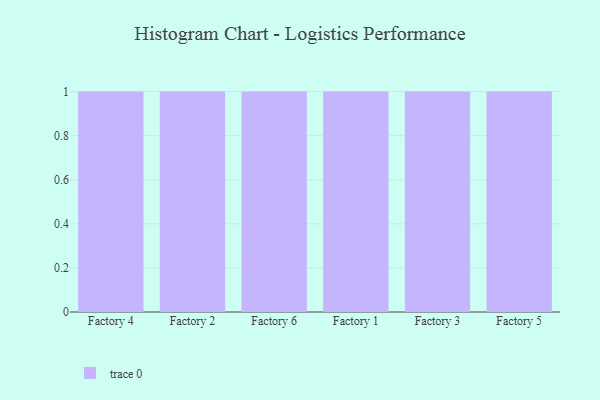
{"axis": {"x": "Factory", "y": "Latency (ms)"}, "legend": [""], "data": [{"x": "Factory 4", "y": 59, "type": ""}, {"x": "Factory 2", "y": 46, "type": ""}, {"x": "Factory 6", "y": 60, "type": ""}, {"x": "Factory 1", "y": 46, "type": ""}, {"x": "Factory 3", "y": 86, "type": ""}, {"x": "Factory 5", "y": 12, "type": ""}]}